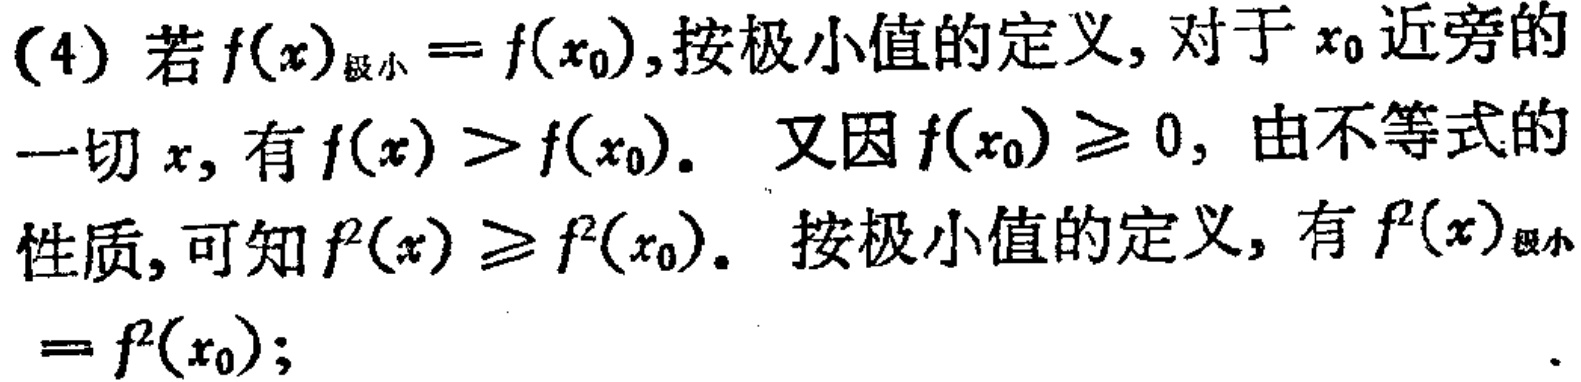
(4) 若\(f(x)_{极小}=f(x_{0})\),按极小值的定义, 对于\(x_{0}\)近旁的一切\(x\), 有\(f(x)>f(x_{0})\). 又因\(f(x_{0})\geq 0\), 由不等式的性质, 可知\(f^{2}(x)\geq f^{2}(x_{0})\). 按极小值的定义, 有\(f^{2}(x)_{极小}=f^{2}(x_{0})\);